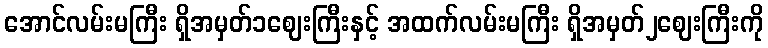
အောင်လမ်းမကြီး ရှိအမှတ်၁ဈေးကြီးနှင့် အထက်လမ်းမကြီး ရှိအမှတ်၂ဈေးကြီးကို